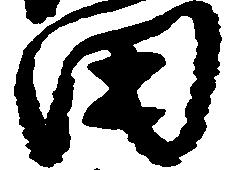
田